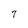
Character: 7